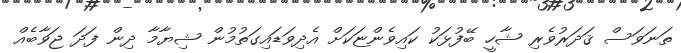
ތަނަވަސް ޤަދަރުވެރި ޝާހީ ބޭފުޅަކު ކައިވެންޏަކަށް އެދިވަޑައިގަތުމުން ޝިޔާމާ ދިން ފަދަ ޖަވާބެއް